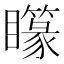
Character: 𥌫